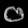
Digit: ၀